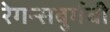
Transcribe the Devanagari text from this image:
रेगन्सबुर्गची